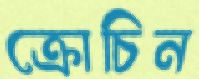
ক্রোচিন